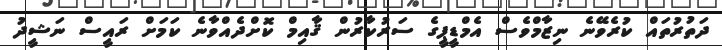
ދަތުރުތައް ކުރެވޭނެ ނިޒާމްވެސް އެމްޑީޕީގެ ސަރުކާރުން ޤާއިމް ކޮށްދެއްްވާނެ ކަމަށް ރައީސް ނަޝީދު